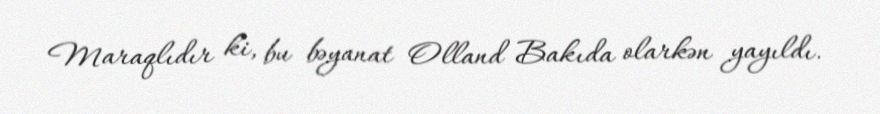
Maraqlıdır ki, bu bəyanat Olland Bakıda olarkən yayıldı.